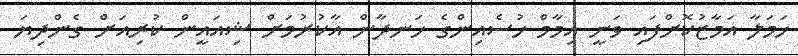
ހަމަލާ އަމާޒުކޮށްފައި ވަނީ އިމާމް ހުސެއިންގެ ހަނދާން އާކުރުމަށް ޝިއައީން ކުރިއަށް ގެންދިޔަ